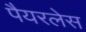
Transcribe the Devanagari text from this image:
पैयरलेस